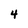
Character: 4